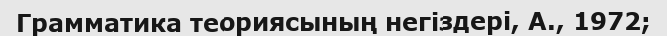
Грамматика теориясының негіздері, А., 1972;